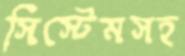
সিস্টেমসহ